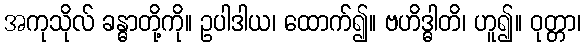
အကုသိုလ် ခန္ဓာတို့ကို။ ဥပါဒါယ၊ ထောက်၍။ ဗဟိဒ္ဓါတိ၊ ဟူ၍။ ဝုတ္တာ၊